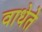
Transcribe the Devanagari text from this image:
वाधेते